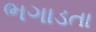
ભગાડતા